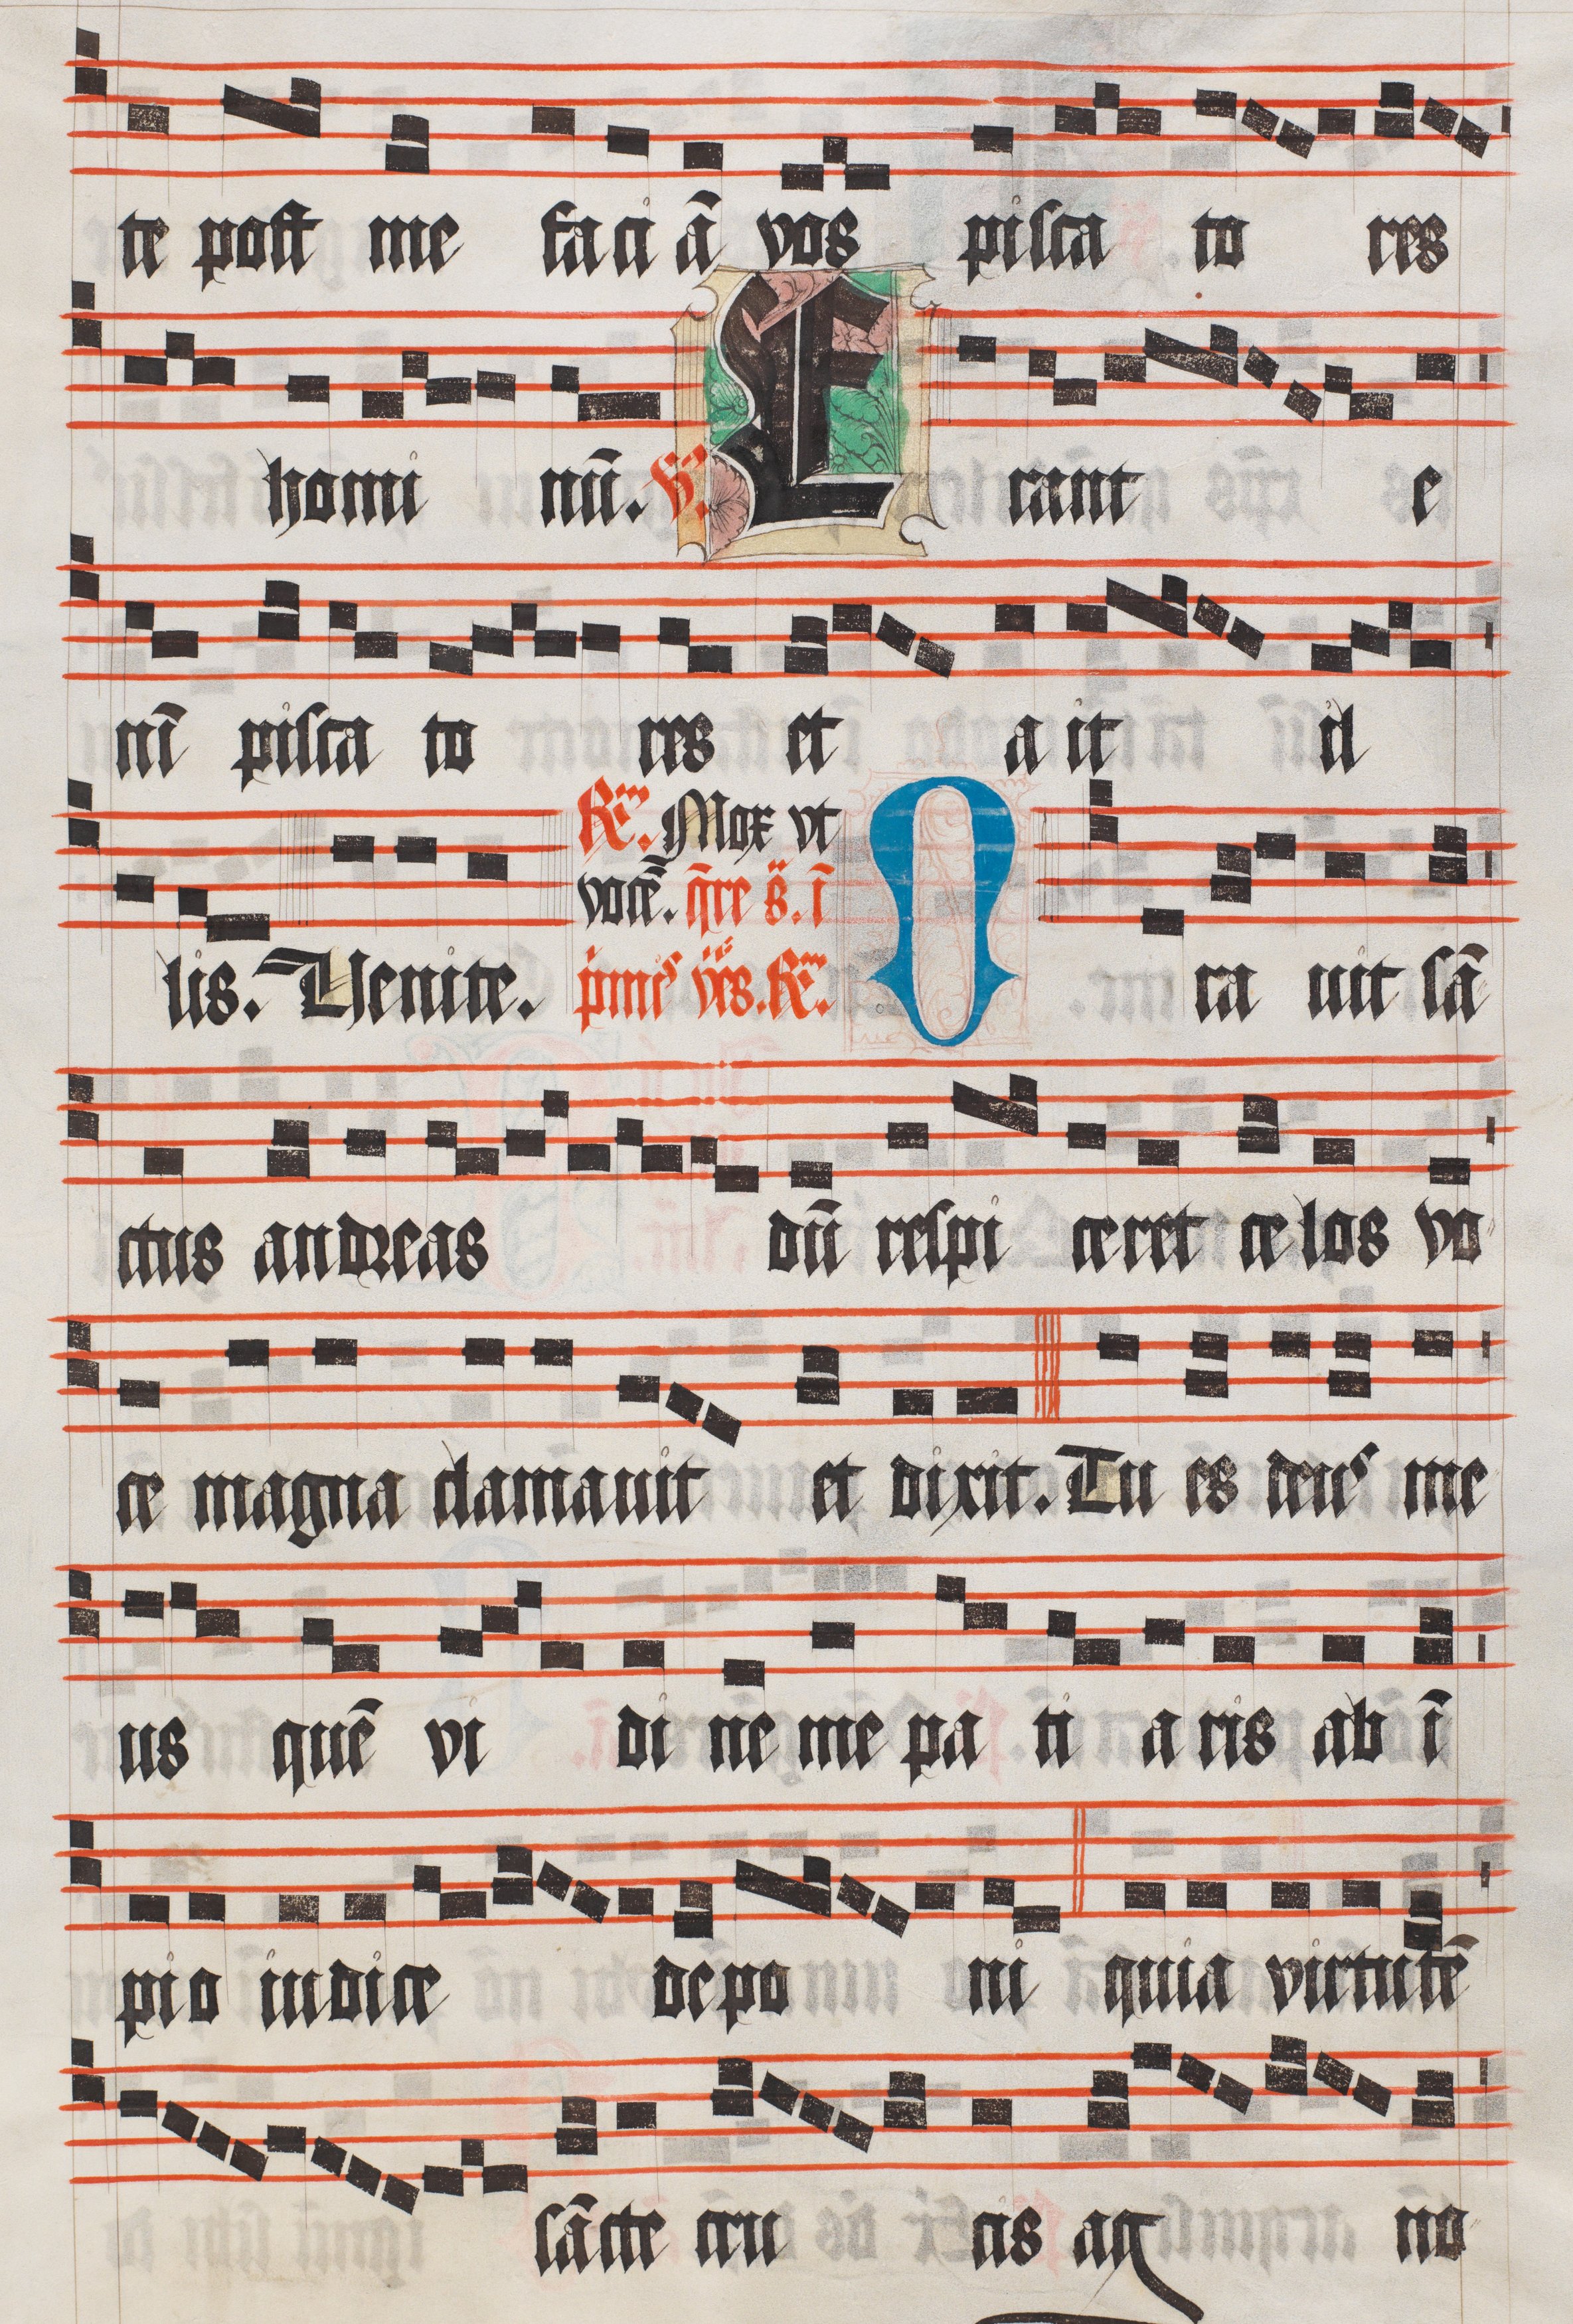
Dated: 1510–1517